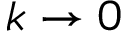
k \rightarrow 0